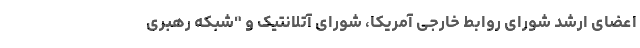
اعضای ارشد شورای روابط خارجی آمریکا، شورای آتلانتیک و "شبکه رهبری